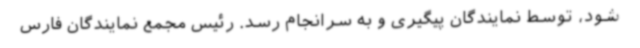
شود، توسط نمایندگان پیگیری و به سرانجام رسد. رئیس مجمع نمایندگان فارس